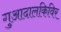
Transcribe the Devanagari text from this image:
गुआदालकिविर